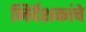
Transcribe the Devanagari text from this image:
निर्देशकांचे